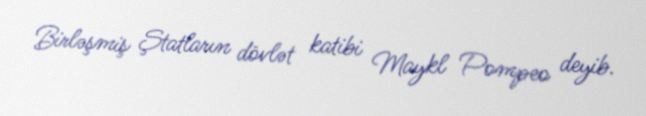
Birləşmiş Ştatların dövlət katibi Maykl Pompeo deyib.